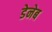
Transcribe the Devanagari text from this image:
डेनेब